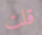
قلت